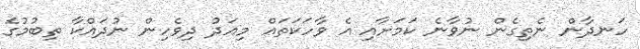
ހަނދާން ނެތިގެން ނުވާނެ ކަމަށާއި އެ ވާހަކަތައް މިއަދު ދިވެހިން ނުދައްކާ ތިބުމުގެ